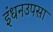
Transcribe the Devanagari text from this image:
इंधनउपसा